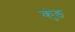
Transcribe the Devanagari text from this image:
कुंङ